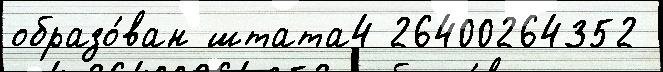
образо́ван штата4 26400264352